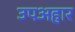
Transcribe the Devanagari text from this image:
उपअहार